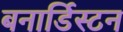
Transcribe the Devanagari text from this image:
बनार्डिस्टन